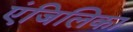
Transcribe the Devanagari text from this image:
एंजिलिका